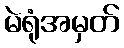
မဲရုံအမှတ်